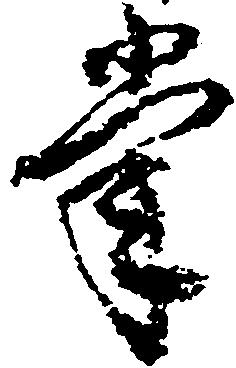
掌